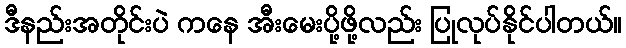
ဒီနည်းအတိုင်းပဲ ကနေ အီးမေးပို့ဖို့လည်း ပြုလုပ်နိုင်ပါတယ်။